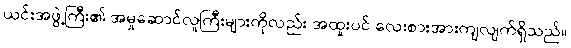
ယင်းအဖွဲ့ကြီး၏ အမှုဆောင်လူကြီးများကိုလည်း အထူးပင် လေးစားအားကျလျက်ရှိသည်။